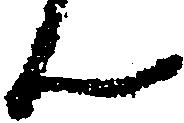
ん